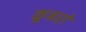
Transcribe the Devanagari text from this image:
कूबरो